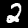
Label: 2